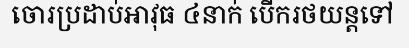
ចោរប្រដាប់អាវុធ ៤នាក់ បើករថយន្តទៅ